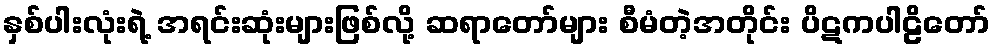
နှစ်ပါးလုံးရဲ့ အရင်းဆုံးများဖြစ်လို့ ဆရာတော်များ စီမံတဲ့အတိုင်း ပိဋကပါဠိတော်